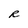
Character: R